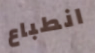
انطباع